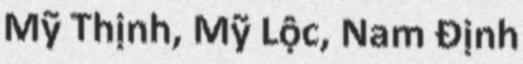
Mỹ Thịnh, Mỹ Lộc, Nam Định